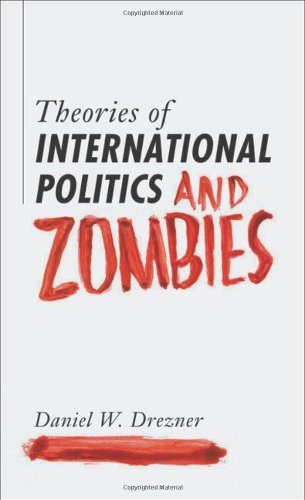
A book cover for Theories of International Politics and Zombies; Daniel W. Drezner; Humor & Entertainment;